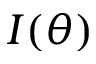
I ( \theta )